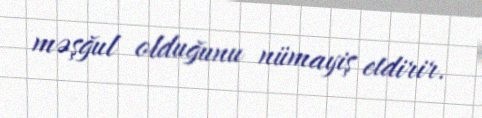
məşğul olduğunu nümayiş etdirir.